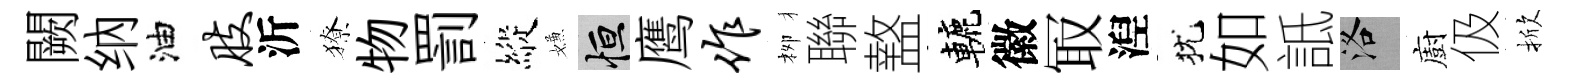
闕纳油肢沂獠物罰縱嫌恒鹰作栁聯盩轆徽冣湼犹如詆洛廚伋掀